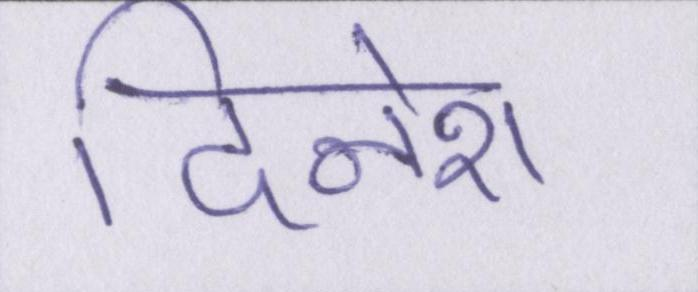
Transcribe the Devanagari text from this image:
दिनेश